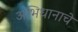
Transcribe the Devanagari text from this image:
अभिधानाचे